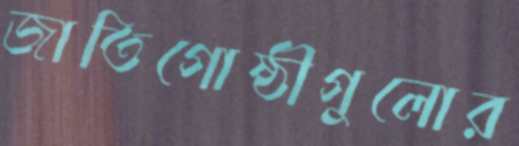
জাতিগোষ্ঠীগুলোর